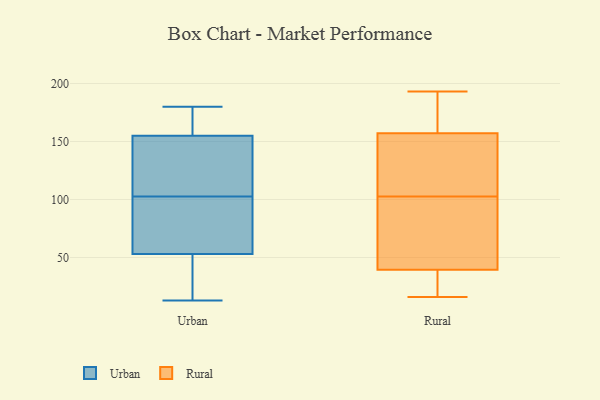
{"axis": {"x": "Energy Usage (MWh)", "y": "Value"}, "legend": ["Rural", "Urban"], "data": [{"x": "", "y": 167, "type": "Urban"}, {"x": "", "y": 38, "type": "Urban"}, {"x": "", "y": 156, "type": "Urban"}, {"x": "", "y": 164, "type": "Urban"}, {"x": "", "y": 172, "type": "Urban"}, {"x": "", "y": 47, "type": "Urban"}, {"x": "", "y": 65, "type": "Urban"}, {"x": "", "y": 95, "type": "Urban"}, {"x": "", "y": 120, "type": "Urban"}, {"x": "", "y": 119, "type": "Urban"}, {"x": "", "y": 154, "type": "Urban"}, {"x": "", "y": 59, "type": "Urban"}, {"x": "", "y": 13, "type": "Urban"}, {"x": "", "y": 37, "type": "Urban"}, {"x": "", "y": 121, "type": "Urban"}, {"x": "", "y": 94, "type": "Urban"}, {"x": "", "y": 66, "type": "Urban"}, {"x": "", "y": 110, "type": "Urban"}, {"x": "", "y": 180, "type": "Urban"}, {"x": "", "y": 36, "type": "Urban"}, {"x": "", "y": 193, "type": "Rural"}, {"x": "", "y": 186, "type": "Rural"}, {"x": "", "y": 40, "type": "Rural"}, {"x": "", "y": 16, "type": "Rural"}, {"x": "", "y": 106, "type": "Rural"}, {"x": "", "y": 34, "type": "Rural"}, {"x": "", "y": 140, "type": "Rural"}, {"x": "", "y": 39, "type": "Rural"}, {"x": "", "y": 75, "type": "Rural"}, {"x": "", "y": 174, "type": "Rural"}, {"x": "", "y": 99, "type": "Rural"}, {"x": "", "y": 113, "type": "Rural"}]}